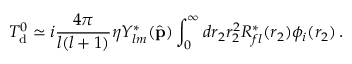
T _ { \mathrm { d } } ^ { 0 } \simeq i { \frac { 4 \pi } { l ( l + 1 ) } } \eta Y _ { l m } ^ { * } ( { \hat { \bf p } } ) \int _ { 0 } ^ { \infty } d r _ { 2 } r _ { 2 } ^ { 2 } R _ { f l } ^ { * } ( r _ { 2 } ) \phi _ { i } ( r _ { 2 } ) \, .